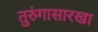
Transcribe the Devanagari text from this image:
तुरुंगासारखा